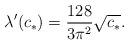
LaTeX: \begin{align*}\lambda'(c_*) = \frac{128}{3 \pi^2} \sqrt{c_*}.\end{align*}